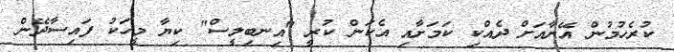
ކުރެހުމުން އޭނާއަށް ދެއްކި ކަމަށާއި އެކަން ކުރީ "އިނބިލީސް" ކިޔާ މީހަކު ފައިސާދޭން